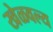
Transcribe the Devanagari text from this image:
खेळवल्य